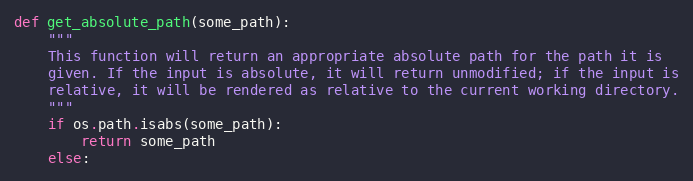
Language: Python
def get_absolute_path(some_path):
    """
    This function will return an appropriate absolute path for the path it is
    given. If the input is absolute, it will return unmodified; if the input is
    relative, it will be rendered as relative to the current working directory.
    """
    if os.path.isabs(some_path):
        return some_path
    else: